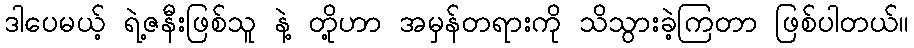
ဒါပေမယ့် ရဲ့ဇနီးဖြစ်သူ နဲ့ တို့ဟာ အမှန်တရားကို သိသွားခဲ့ကြတာ ဖြစ်ပါတယ်။